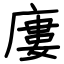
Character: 廔